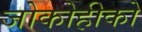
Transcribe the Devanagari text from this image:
जोकोहीको